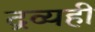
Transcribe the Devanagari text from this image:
द्रव्यही